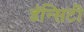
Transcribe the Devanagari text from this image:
डॅन्सिटी